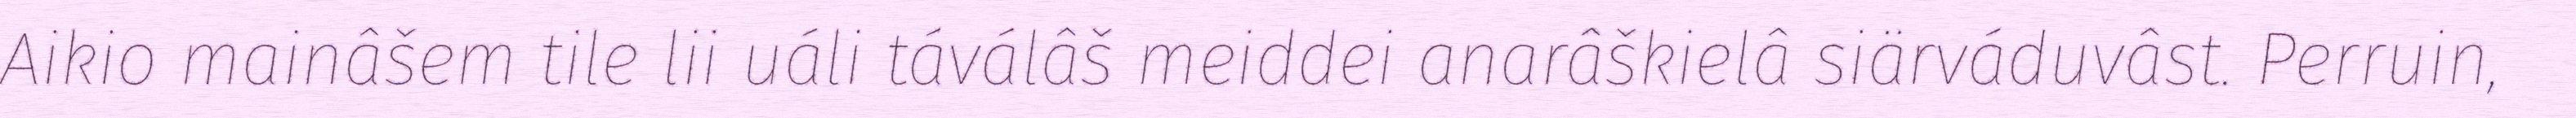
Aikio mainâšem tile lii uáli táválâš meiddei anarâškielâ siärváduvâst. Perruin,